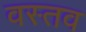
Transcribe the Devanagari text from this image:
वस्तव